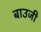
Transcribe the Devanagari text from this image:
बाउजी